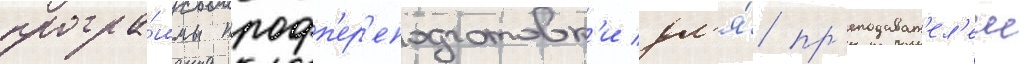
програ́ммы профп'ер'еподготовк'и дл'я́ пр'еподават'ел'еи